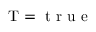
\ensuremath \mathrm { T } = \mathrm { ~ t ~ r ~ u ~ e ~ }